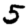
Digit: 5